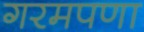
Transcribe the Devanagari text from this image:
गरमपणा